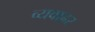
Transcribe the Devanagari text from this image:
व्यवाह्रर